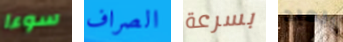
سوءا الصراف بسرعة العبد